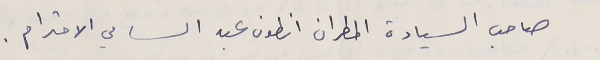
صاحب السيادة المطران انطون عبد السامي الاحترام.